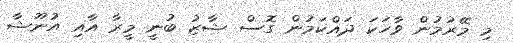
މި މޭރުމުން ވާހަކަ ދައްކަމުން ގޮސް ޝާޒު ބުނީ މީރާ އާއި އުނޫޝާ